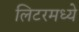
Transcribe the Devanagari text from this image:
लिटरमध्ये